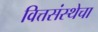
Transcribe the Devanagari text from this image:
वित्तसंस्थेचा